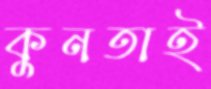
কুনতাই